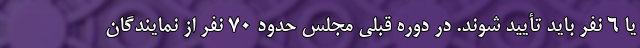
یا ۶ نفر باید تأیید شوند. در دوره قبلی مجلس حدود ۷۰ نفر از نمایندگان